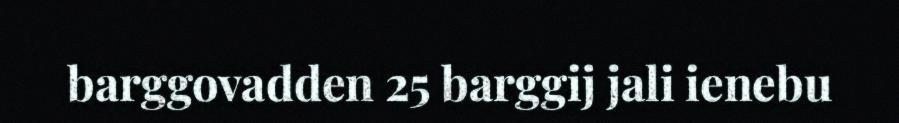
barggovadden 25 barggij jali ienebu